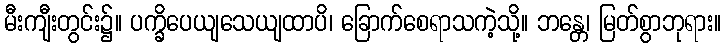
မီးကျီးတွင်း၌။ ပက္ခိပေယျသေယျထာပိ၊ ခြောက်စေရာသကဲ့သို့။ ဘန္တေ၊ မြတ်စွာဘုရား။